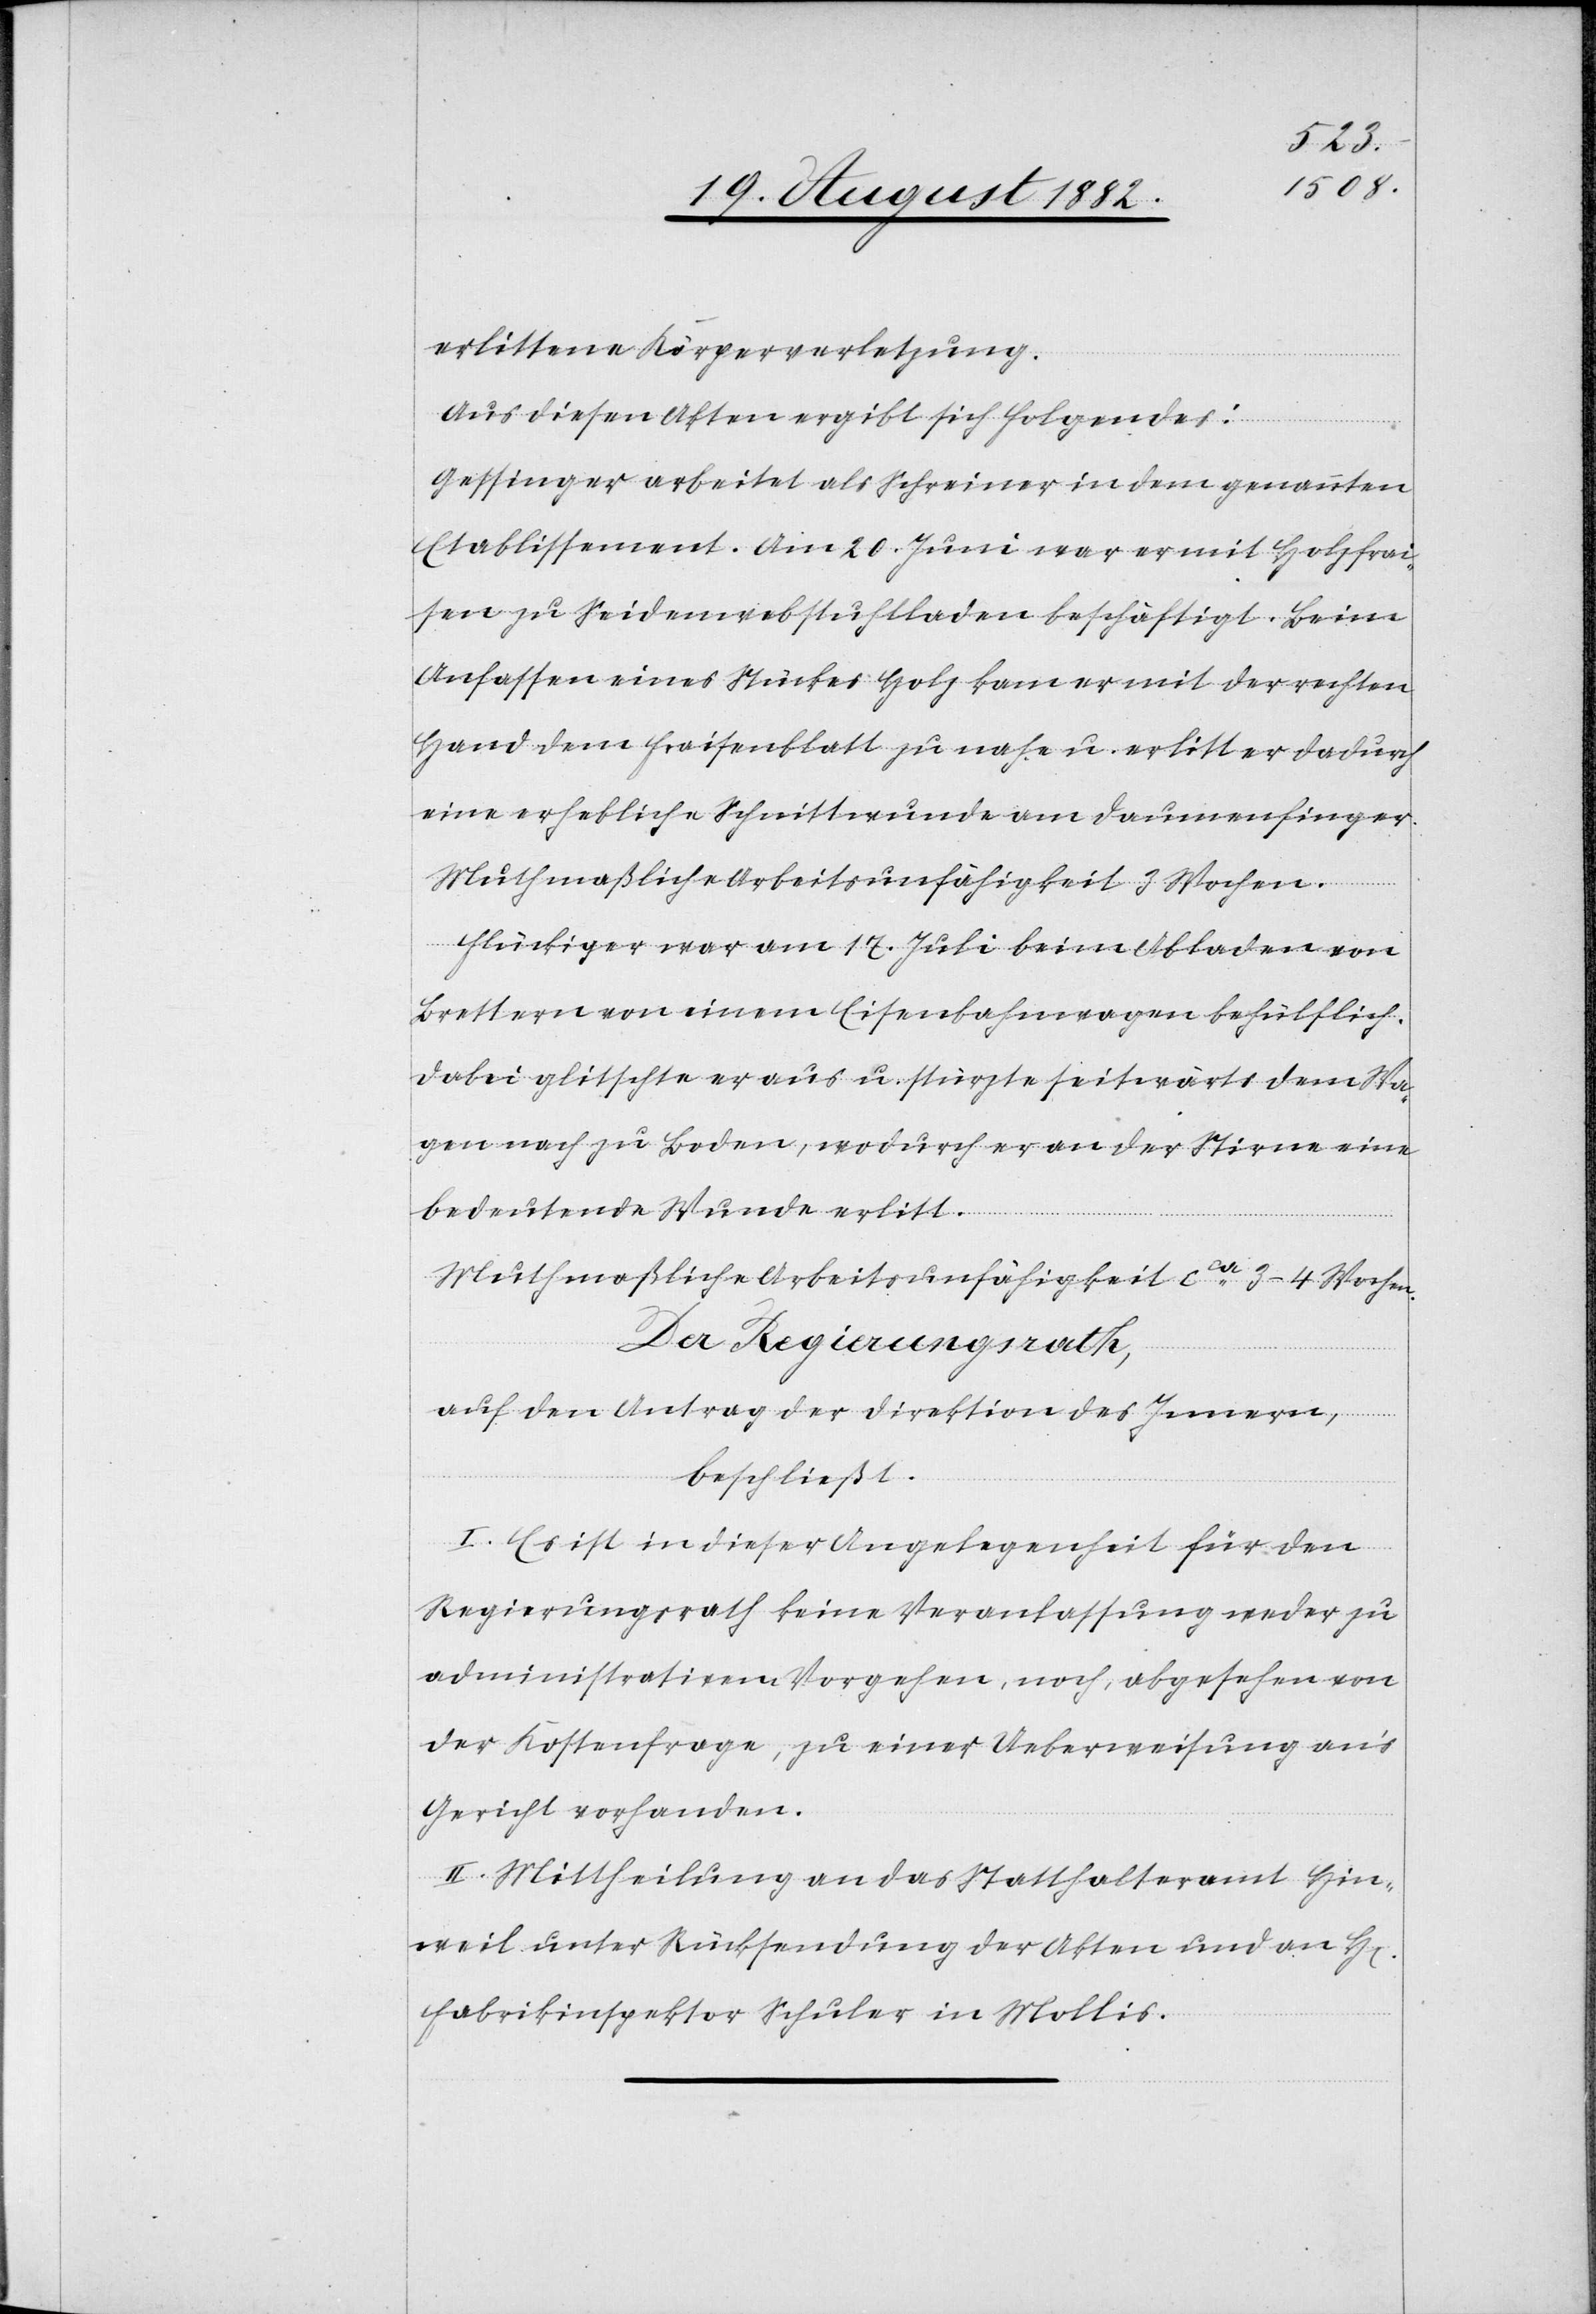
erlittene Körperverletzung.
Aus diesen Akten ergibt sich folgendes:
rren]
Gessinger arbeitet als Schreiner in dem genannten
Etablissement. Am 20. Juni war er mit Holzfrai¬
sen zu Seidenwebstuhlboden beschäftigt. Beim
Anfassen eines Stückes Holz kam er mit der rechten
Hand dem Fraisenblatt zu nahe u. erlitt dadurch
eine erheblich Schnittwunde am Daumenfinger.
Muthmaßliche Arbeitsunfähigkeit 3 Wochen.
Flückiger war am 17. Juli beim Abladen von
Brettern von einem Eisenbahnwagen behülflich.
Dabei glitschte er aus u. stürzte seitwärts dem Wa¬
gen nach zu Boden, wodurch er an der Stirne eine
bedeutende Wunde erlitt.
Muthmaßliche Arbeitsunfähigkeit ca 3–4 Wochen.
Der Regierungsrath,
auf den Antrag der Direktion des Innern,
beschließt:
I. Es ist in dieser Angelegenheit für den
Regierungsrath keine Veranlassung weder zu
administrativem Vorgehen, noch, abgesehen von
der Kostenfrage, zu einer Ueberweisung an’s
Gericht vorhanden.
II. Mittheilung an das Statthalteramt Hin¬
weil unter Rücksendung der Akten und an H[e¬
Fabrikinspektor Schuler in Mollis.